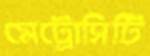
মেট্রোসিটি